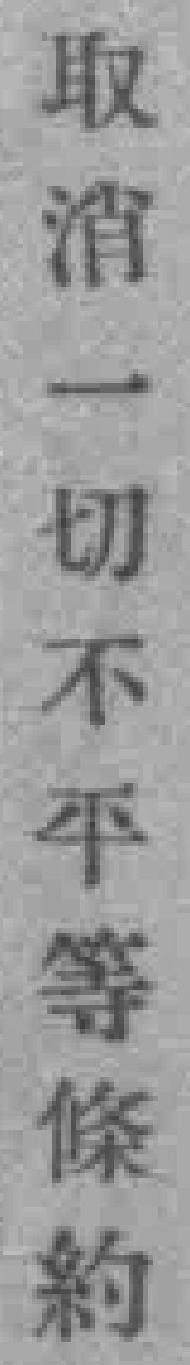
取消一切不平等條約